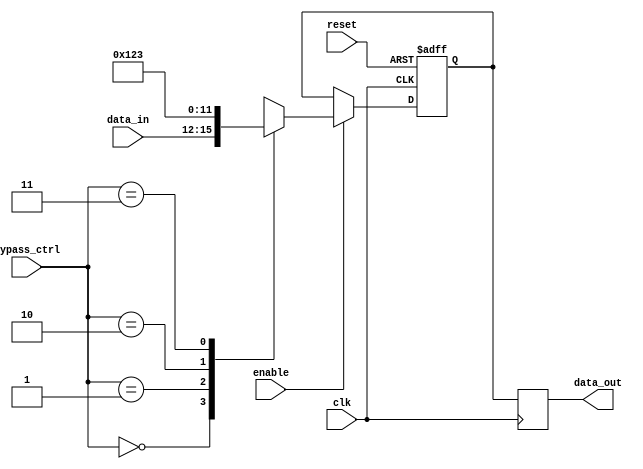
module bypass_register (
    input wire clk,
    input wire reset,
    input wire [3:0] data_in,
    input wire enable,
    input wire [1:0] bypass_ctrl,
    output reg [3:0] data_out
);

reg [3:0] storage_reg;

always @(posedge clk or posedge reset) begin
    if (reset) begin
        storage_reg <= 4'b0000;
    end else begin
        if (enable) begin
            case (bypass_ctrl)
                2'b00: storage_reg <= data_in; // No bypass
                2'b01: storage_reg <= 4'b0001; // Bypass input 1
                2'b10: storage_reg <= 4'b0010; // Bypass input 2
                2'b11: storage_reg <= 4'b0011; // Bypass both inputs
                default: storage_reg <= data_in; // Default is no bypass
            endcase
        end
    end
end

always @(posedge clk) begin
    data_out <= storage_reg;
end

endmodule